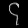
Digit: ၄